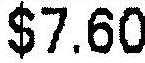
$7.60